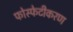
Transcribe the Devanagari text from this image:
फोस्फेटीकरण